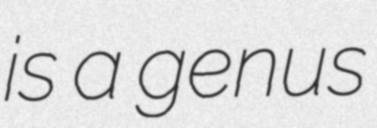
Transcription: is a genus